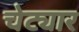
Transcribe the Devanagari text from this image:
चेट्यार